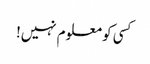
کسی کو معلوم نہیں!